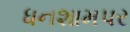
ધનશામપર